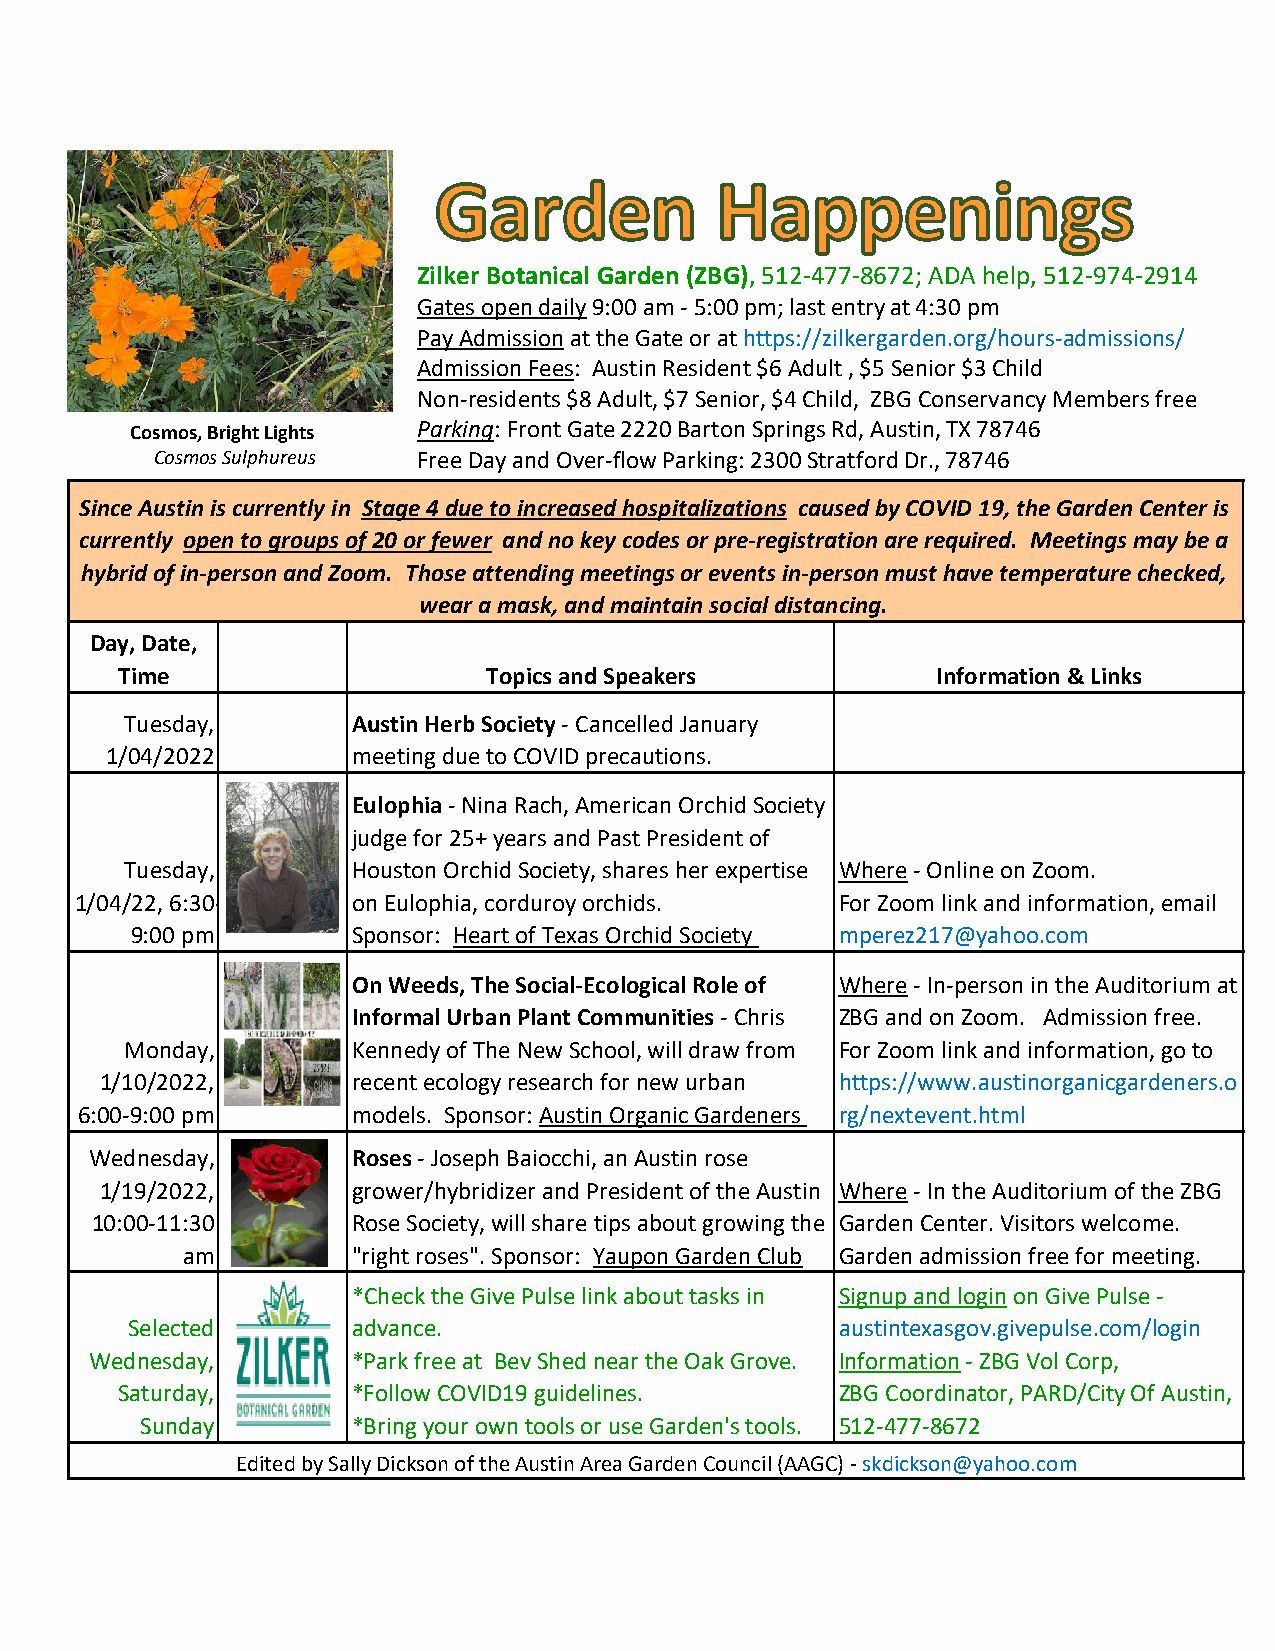
Zilker Botanical Garden (ZBG), 512-477-8672;ADA help, 512-974-2914
 Gates open daily9:00 am -5:00 pm; last entry at 4:30 pm
 Pay Admissionat the Gate or at https://zilkergarden.org/hours-admissions/
 Admission Fees: Austin Resident $6 Adult , $5 Senior $3 Child
 Non-residents $8 Adult, $7 Senior, $4 Child, ZBG Conservancy Members free
 Cosmos, Bright Lights Parking: Front Gate 2220 Barton Springs Rd, Austin, TX 78746
 C o s mos Sulphureus Free Day and Over-flow Parking: 2300 Stratford Dr., 78746
 Since Austin is currently in Stage 4 due to increased hospitalizations caused by COVID 19, the Garden Center is
 currently open to groups of 20 or fewer and no key codes or pre-registration are required. Meetings may be a
 hybrid of in-person and Zoom. Those attending meetings or events in-person must have temperature checked,
 wear a mask, and maintain social distancing.
 Day, Date,
 Time                    Topics and Speakers           Information & Links
 Tuesday,       Austin Herb Society - Cancelled January
 1/04/2022       meeting due to COVID precautions.
 Eulophia - Nina Rach, American Orchid Society
 judge for 25+ years and Past President of
 Tuesday,       Houston Orchid Society, shares her expertise Where - Online on Zoom.
 1/04/22, 6:30-    on Eulophia, corduroy orchids.   For Zoom link and information, email
 9:00 pm       Sponsor: Heart of Texas Orchid Society mperez217@yahoo.com
 On Weeds, The Social-Ecological Role of Where - In-person in the Auditorium at
 Informal Urban Plant Communities - Chris ZBG and on Zoom. Admission free.
 Monday,        Kennedy of The New School, will draw from For Zoom link and information, go to
 1/10/2022,      recent ecology research for new urban https://www.austinorganicgardeners.o
 6:00-9:00 pm      models. Sponsor: Austin Organic Gardeners rg/nextevent.html
 Wednesday,       Roses - Joseph Baiocchi, an Austin rose
 1/19/2022,      grower/hybridizer and President of the Austin Where - In the Auditorium of the ZBG
 10:00-11:30      Rose Society, will share tips about growing the Garden Center. Visitors welcome.
 am         "right roses". Sponsor: Yaupon Garden Club Garden admission free for meeting.
 Volunteers Welcomed at Zilker Garden
 *Check the Give Pulse link about tasks in Signup and login on Give Pulse -
 Selected       advance.                         a u s t i n t e x asgov.givepulse.com/login
 Wednesday,       *Park free at Bev Shed near the Oak Grove. I n f o r m a t i o n - Z B G V o l C o r p ,
 Saturday,      *Follow COVID19 guidelines.      Z B G Coordinator, PARD/City Of Austin,
 Sunday        *Bring your own tools or use Garden's tools. 5 1 2 - 4 7 7 -8672
 Edited by Sally Dickson of the Austin Area Garden Council (AAGC) - skdickson@yahoo.com